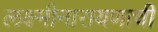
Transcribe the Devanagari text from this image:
लक्ष्मीनारायणाची